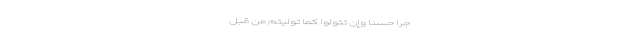
َجْرًا حَسَنًا وَإِنْ تَتَوَلَّوْا كَمَا تَوَلَّيْتُمْ مِنْ قَبْلُ